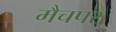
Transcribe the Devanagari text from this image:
मैचपर